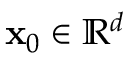
\mathbf { x } _ { 0 } \in \mathbb { R } ^ { d }